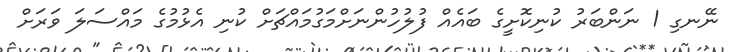
ނޭނގި 1 ނަންބަރު ކުނިކޮށީގެ ބައެއް ފުލުހުންނަށްމަގުމައްޗަށް ކުނި އެޅުމުގެ މައްސަލަ ވަރަށް